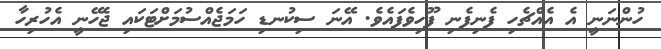
ހުންނަނީ އެ އެއްޗެހި ފެނިފެނި ފޫހިވެފައެވެ. އޭނަ ސިކުނޑި ހަމަޖެއްސުމަށްޓަކައި ޖެހޭނީ އެހުރިހާ